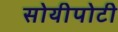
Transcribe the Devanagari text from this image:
सोयीपोटी